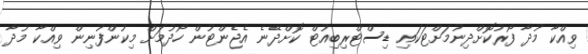
ވިއްކާ މުދާ ފޯރުކޮށްދިނުމަށްޓަކައި ޑިސްޓްރިބިއުޓް ކޮށްދޭނެ އެޖެންޓުން ހޯދުމަށް މިކުންފުނިން ވިއްކާ މުދާ